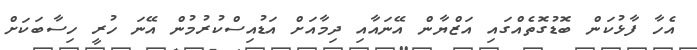
އެހާ ފާޅުކަން ބޮޑުގޮތެއްގައި އަޒްޔާން އޭނައާއި ދިމާއަށް އަޑުއިސްކުރުމުން އޭނަ ހުރީ ހިސާބަކަށް